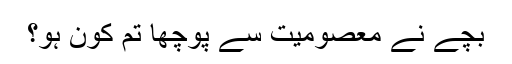
بچے نے معصومیت سے پوچھا تم کون ہو؟